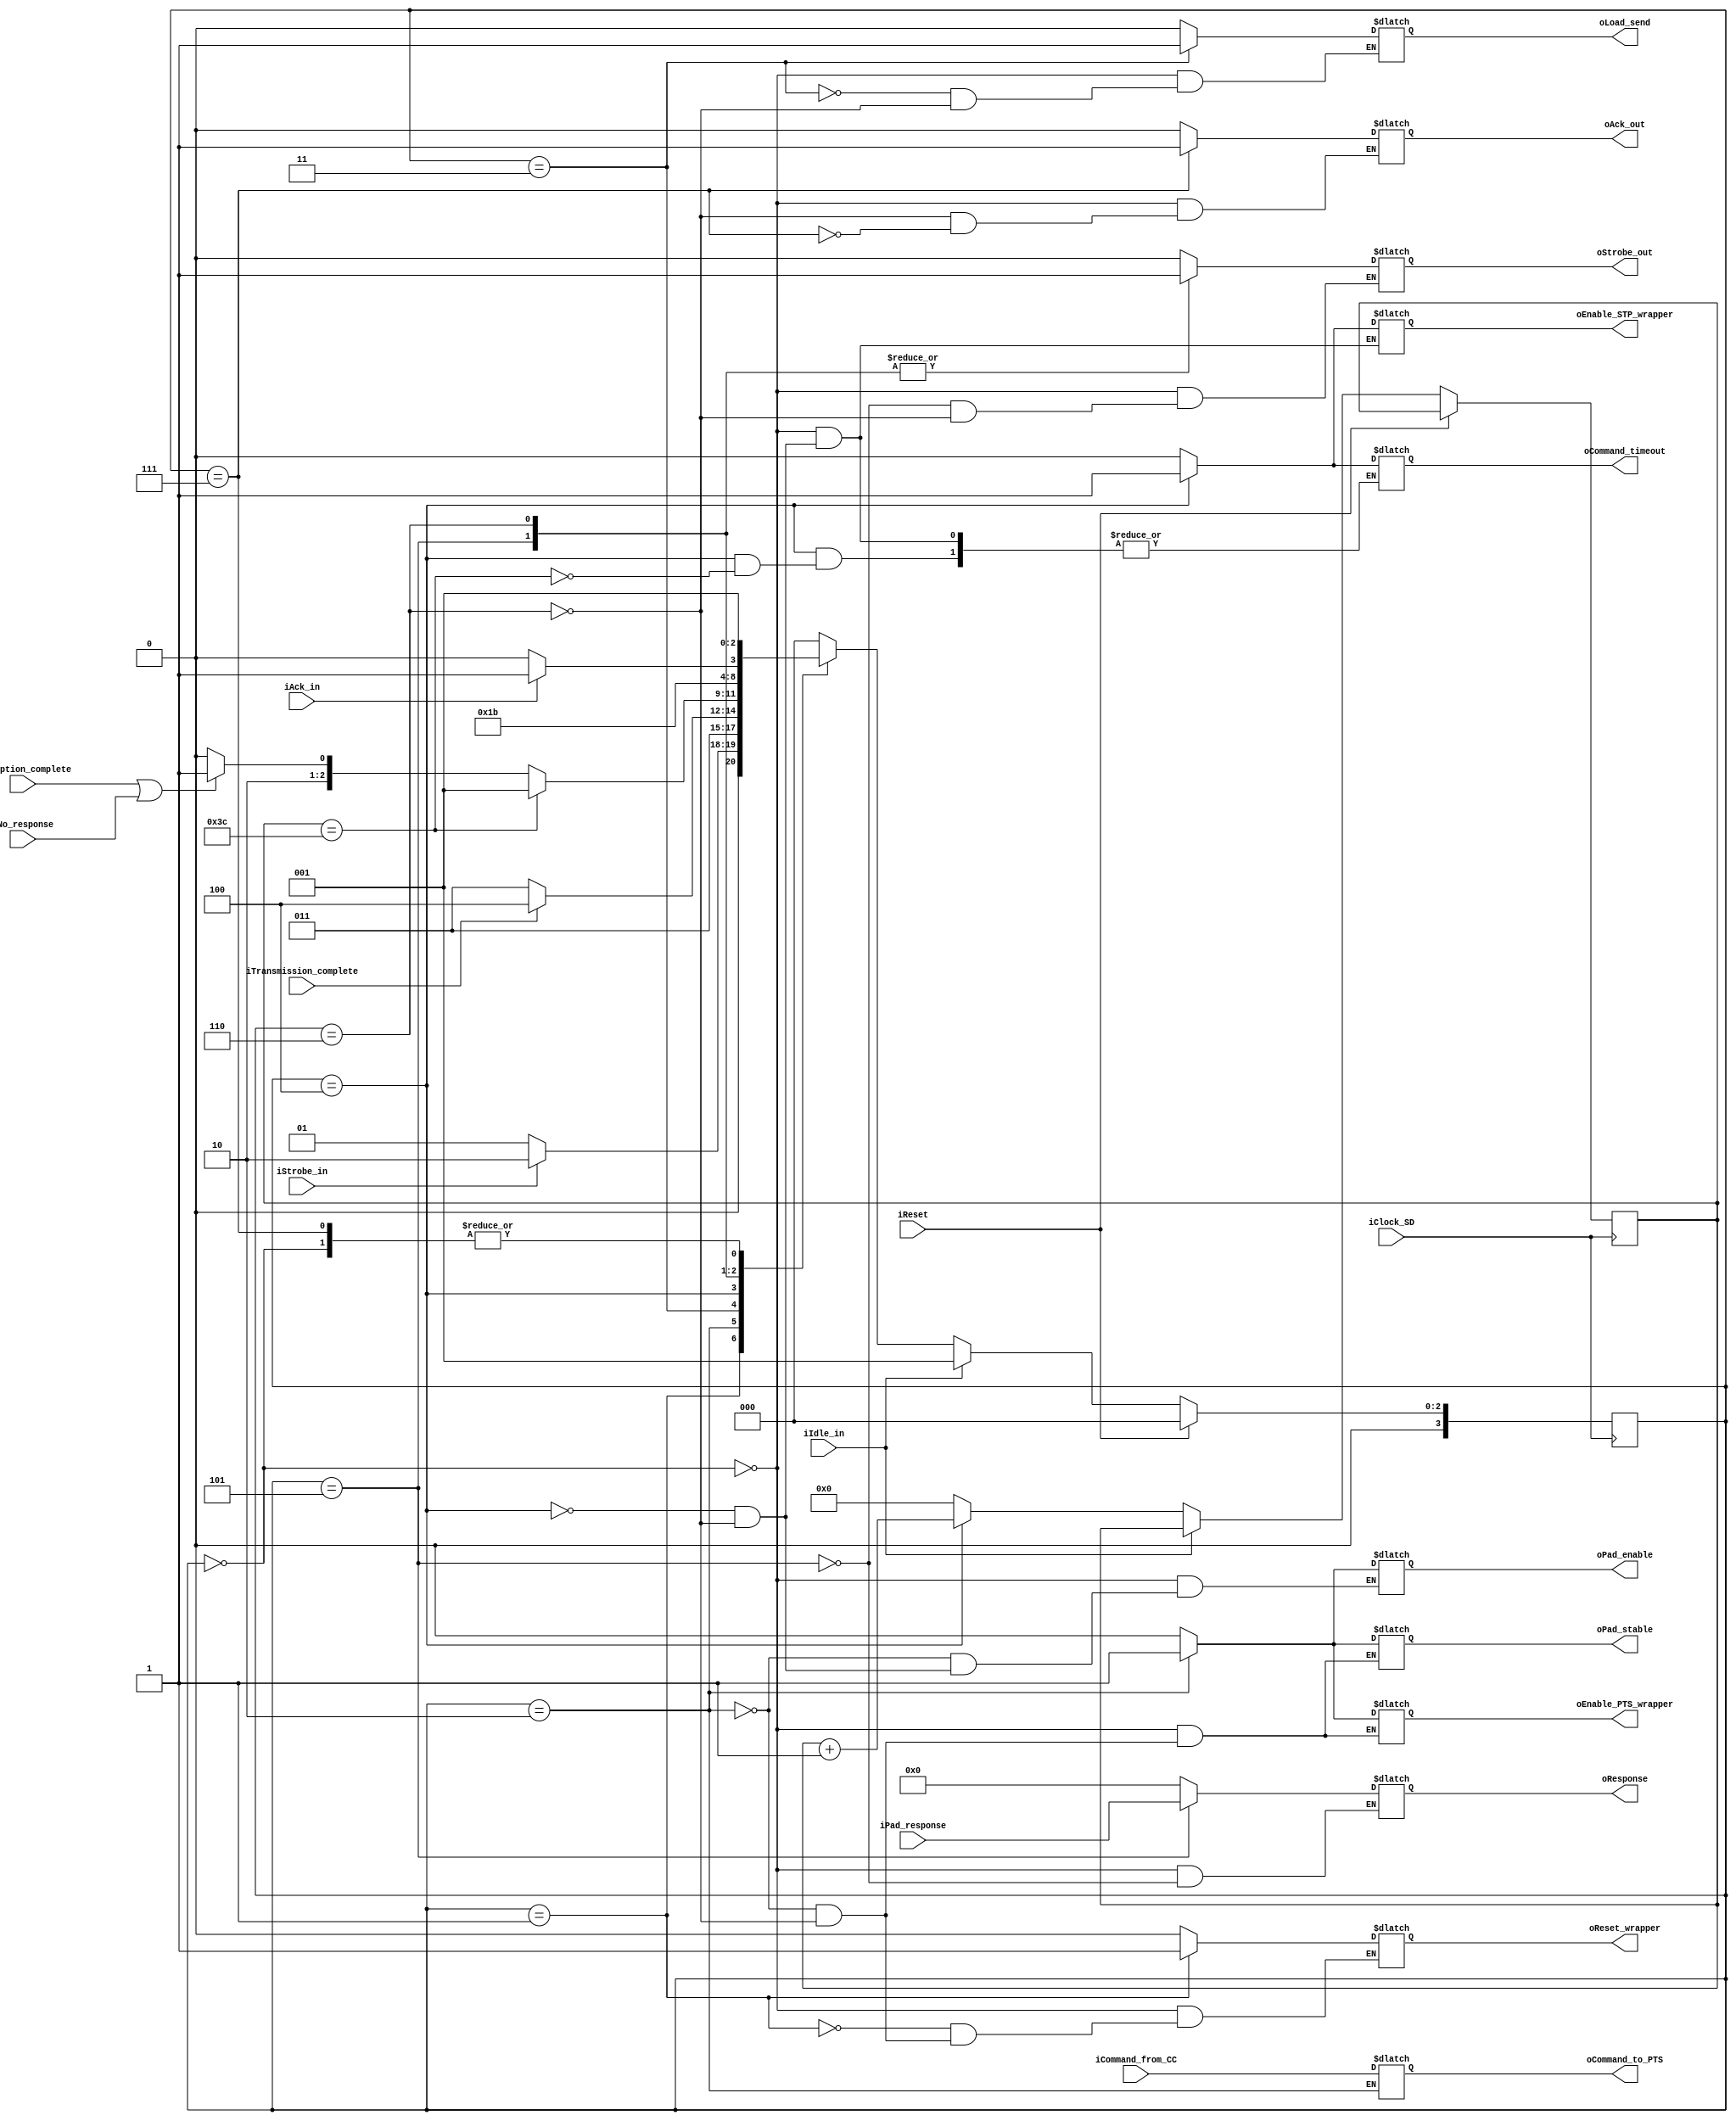
`timescale 1ns / 1ps

// state definitions
`define STATE_RESET 	                  0  // change this
`define STATE_IDLE 	                    1
`define STATE_LOAD_COMMAND 	            2
`define STATE_SEND_COMMAND              3
`define STATE_WAIT_RESPONSE             4
`define STATE_SEND_RESPONSE 	          5
`define STATE_WAIT_ACK                  6
`define STATE_SEND_ACK                  7

module physic_block_control
(
  // inputs
  input wire iClock_SD,
  input wire iReset,
  input wire iStrobe_in,
  input wire iTransmission_complete,
  input wire iReception_complete,
  input wire iNo_response,
  input wire [47:0] iPad_response,
  input wire iAck_in,
  input wire iIdle_in,
  input wire [47:0] iCommand_from_CC,

  // outputs
  output reg [47:0] oCommand_to_PTS,
  output reg oReset_wrapper,
  output reg oEnable_PTS_wrapper, // parallel to serial
  output reg oEnable_STP_wrapper, // Serial to parallel
  output reg oPad_stable,
  output reg oPad_enable,
  output reg oLoad_send,
  output reg oStrobe_out,
  output reg oCommand_timeout, // NUEVA
  output reg [47:0] oResponse,
  output reg oAck_out
);

reg [3:0] rCurrentState, rNextState;
reg [5:0] rCuenta = 6'd0;

//----------------------------------------------

always @ ( posedge iClock_SD )
begin
	if (iReset)
	begin
		rCurrentState <= `STATE_RESET;
	end else begin

    if (iIdle_in)
    begin
      rCurrentState <= `STATE_IDLE;
    end else begin
      rCurrentState <= rNextState;
      if( rCurrentState == 4)
      begin
        rCuenta = rCuenta + 6'd1;
      end else begin
        rCuenta = 0;
      end
    end
  end
end

//----------------------------------------------

always @ ( * )
begin
	case (rCurrentState)
	//------------------------------------------
	`STATE_RESET:
	begin

    oReset_wrapper = 0;
    oEnable_PTS_wrapper = 0;
    oEnable_STP_wrapper = 0;
    oPad_stable = 0;
    oPad_enable = 0;
    oLoad_send = 0;
    oStrobe_out = 0;
    oResponse = 48'd0;
    oAck_out = 0;
    oCommand_timeout = 0;

		rNextState = 				`STATE_IDLE;
	end
	//------------------------------------------
	`STATE_IDLE:
	begin
    oReset_wrapper = 1;
    if(iStrobe_in == 1)
    begin
      rNextState =  `STATE_LOAD_COMMAND;
    end else begin
      rNextState = 	`STATE_IDLE;
    end
	end
	//------------------------------------------
	`STATE_LOAD_COMMAND:
	begin
    oEnable_PTS_wrapper = 1;
    oReset_wrapper = 0;
    oPad_stable = 1; // estas sennales que van al PAD no se ocupan
    oPad_enable = 1;
    oCommand_to_PTS = iCommand_from_CC;
    rNextState = `STATE_SEND_COMMAND;
	end
  //------------------------------------------
	`STATE_SEND_COMMAND:
	begin
    oLoad_send = 1;
    if (iTransmission_complete == 1)
    begin
      rNextState = `STATE_WAIT_RESPONSE;
    end else begin
      rNextState = `STATE_SEND_COMMAND;
    end
	end
	//------------------------------------------
  `STATE_WAIT_RESPONSE:
	begin
    oPad_enable = 0;
    oEnable_STP_wrapper = 1;

    if (rCuenta == 6'd60)
    begin
      oCommand_timeout = 1;
      rNextState = `STATE_IDLE;
    end else begin

      if (iReception_complete == 1 | iNo_response == 1)
      begin
        rNextState = `STATE_SEND_RESPONSE;
      end else begin
        rNextState = `STATE_WAIT_RESPONSE;
      end

    end
	end
	//------------------------------------------
  `STATE_SEND_RESPONSE:
	begin
    oStrobe_out = 1;
    oResponse = iPad_response;
    rNextState = `STATE_WAIT_ACK;
	end
	//------------------------------------------
  `STATE_WAIT_ACK:
	begin
    // outputs in low level?

    oReset_wrapper = 0;
    oEnable_PTS_wrapper = 0;
    oEnable_STP_wrapper = 0;
    oPad_stable = 0;
    oPad_enable = 0;
    oLoad_send = 0;
    oStrobe_out = 1; // arreglo
    //oResponse = 48'd0;
    oAck_out = 0;
    oCommand_timeout = 0;

    if (iAck_in == 1)
    begin
      rNextState = `STATE_SEND_ACK;
    end else begin
      rNextState = `STATE_WAIT_ACK;
    end
	end
	//------------------------------------------
  `STATE_SEND_ACK:
	begin
    oAck_out = 1;
    rNextState = `STATE_IDLE;
	end
	//------------------------------------------
	default:
	begin
    rNextState = `STATE_RESET;
	end
	//------------------------------------------
	endcase
end

endmodule // physic_block_control